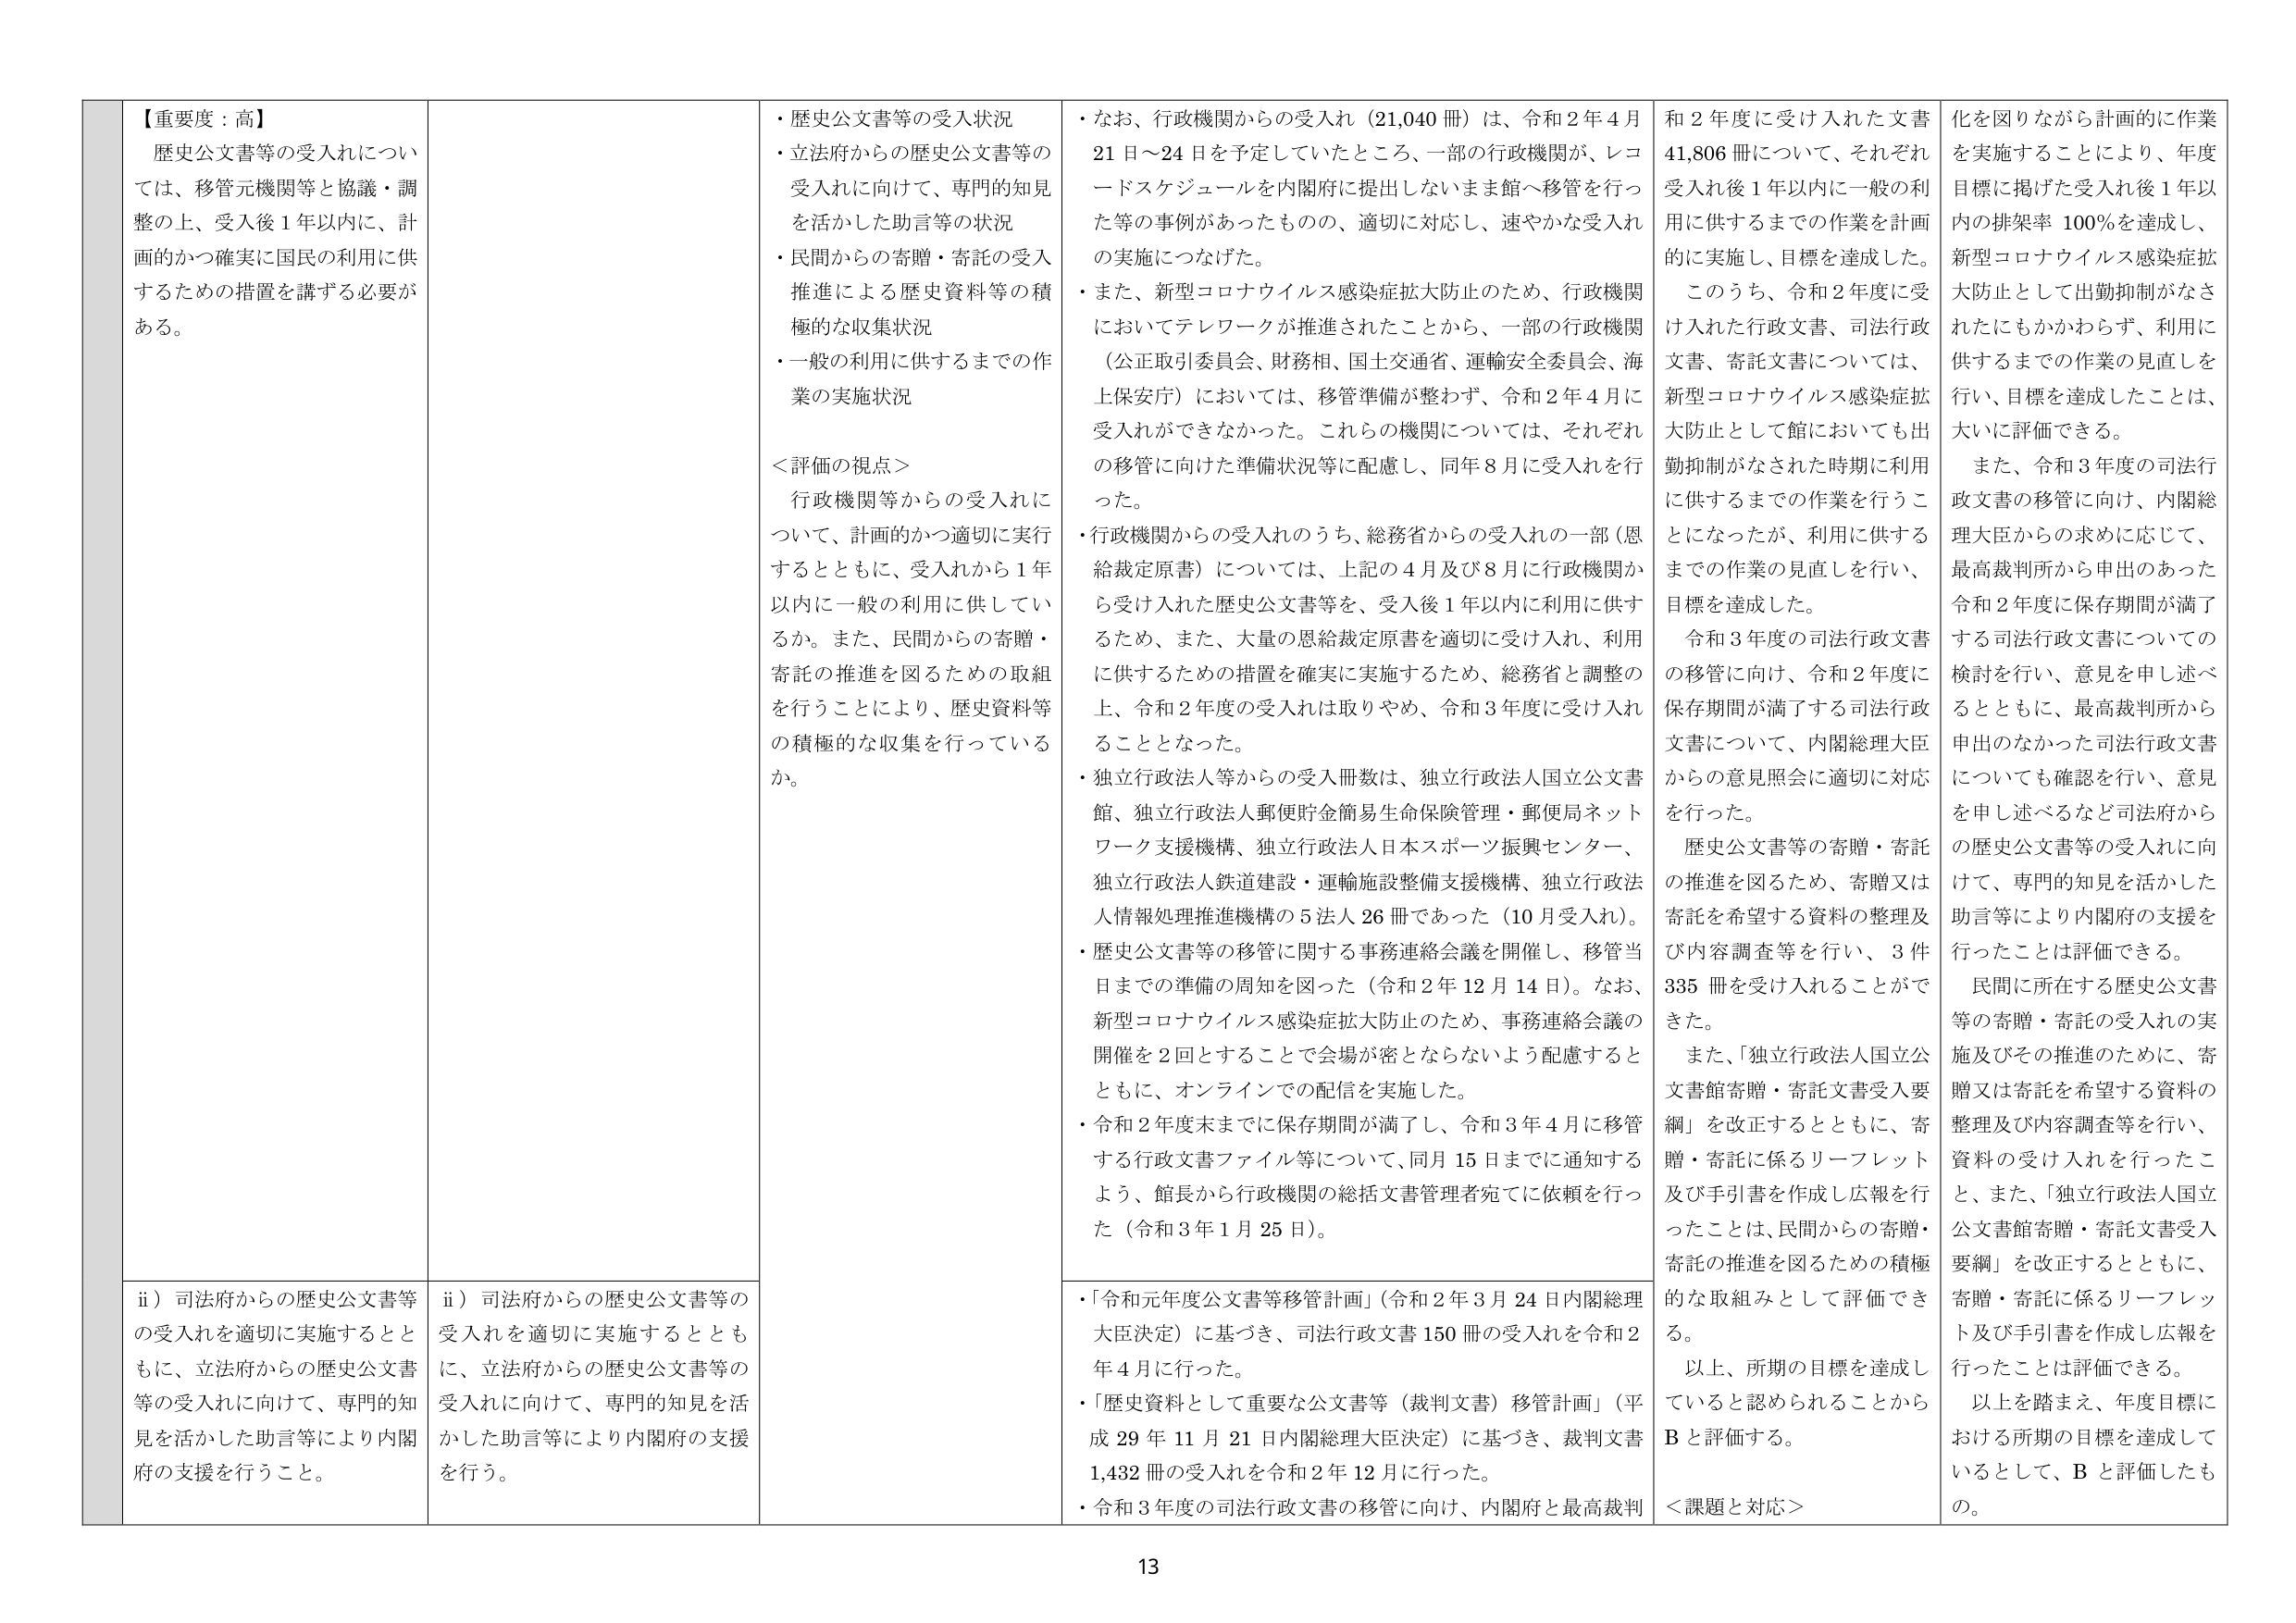
【重要度：高】
歴史公文書等の受入れについては、移管元機関等と協議・調整の上、受入後1年以内に、計画的かつ確実に国民の利用に供するための措置を講ずる必要がある。

・歴史公文書等の受入状況
・立法府からの歴史公文書等の受入れに向けて、専門的知見を活かした助言等の状況
・民間からの寄贈・寄託の受入推進による歴史資料等の積極的な収集状況
・一般の利用に供するまでの作業の実施状況

＜評価の視点＞
行政機関等からの受入れについて、計画的かつ適切に実行するとともに、受入れから1年以内に一般の利用に供しているか。また、民間からの寄贈・寄託の推進を図るための取組を行うことにより、歴史資料等の積極的な収集を行っているか。

・なお、行政機関からの受入れ（21,040冊）は、令和2年4月21日～24日を予定していたところ、一部の行政機関が、レコードスケジュールを内閣府に提出しないまま館へ移管を行った等の事例があったものの、適切に対応し、速やかな受入れの実施につなげた。
・また、新型コロナウイルス感染症拡大防止のため、行政機関においてテレワークが推進されたことから、一部の行政機関（公正取引委員会、財務相、国土交通省、運輸安全委員会、海上保安庁）においては、移管準備が整わず、令和2年4月に受入れができなかった。これらの機関については、それぞれの移管に向けた準備状況等に配慮し、同年8月に受入れを行った。
・行政機関からの受入れのうち、総務省からの受入れの一部（恩給裁定原書）については、上記の4月及び8月に行政機関から受け入れた歴史公文書等を、受入後1年以内に利用に供するため、また、大量の恩給裁定原書を適切に受け入れ、利用に供するための措置を確実に実施するため、総務省と調整の上、令和2年度の受入れは取りやめ、令和3年度に受け入れることとなった。
・独立行政法人等からの受入冊数は、独立行政法人国立公文書館、独立行政法人郵便貯金簡易生命保険管理・郵便局ネットワーク支援機構、独立行政法人日本スポーツ振興センター、独立行政法人鉄道建設・運輸施設整備支援機構、独立行政法人情報処理推進機構の5法人26冊であった（10月受入れ）。
・歴史公文書等の移管に関する事務連絡会議を開催し、移管当日までの準備の周知を図った（令和2年12月14日）。なお、新型コロナウイルス感染症拡大防止のため、事務連絡会議の開催を2回とすることで会場が密とならないよう配慮するとともに、オンラインでの配信を実施した。
・令和2年度末までに保存期間が満了し、令和3年4月に移管する行政文書ファイル等について、同月15日までに通知するよう、館長から行政機関の総括文書管理者宛てに依頼を行った（令和3年1月25日）。

和2年度に受け入れた文書41,806冊について、それぞれ受入れ後1年以内に一般の利用に供するまでの作業を計画的に実施し、目標を達成した。
このうち、令和2年度に受け入れた行政文書、司法行政文書、寄託文書については、新型コロナウイルス感染症拡大防止として館においても出勤抑制がなされた時期に利用に供するまでの作業を行うことになったが、利用に供するまでの作業の見直しを行い、目標を達成した。
令和3年度の司法行政文書の移管に向け、令和2年度に保存期間が満了する司法行政文書について、内閣総理大臣からの意見照会に適切に対応を行った。
歴史公文書等の寄贈・寄託の推進を図るため、寄贈又は寄託を希望する資料の整理及び内容調査等を行い、3件335冊を受け入れることができた。
また、「独立行政法人国立公文書館寄贈・寄託文書受入要綱」を改正するとともに、寄贈・寄託に係るリーフレット及び手引書を作成し広報を行ったことは、民間からの寄贈・寄託の推進を図るための積極的な取組みとして評価できる。
以上、所期の目標を達成していると認められることからBと評価する。

化を図りながら計画的に作業を実施することにより、年度目標に掲げた受入れ後1年以内の排架率100％を達成し、新型コロナウイルス感染症拡大防止として出勤抑制がなされたにもかかわらず、利用に供するまでの作業の見直しを行い、目標を達成したことは、大いに評価できる。
また、令和3年度の司法行政文書の移管に向け、内閣総理大臣からの求めに応じて、最高裁判所から申出のあった令和2年度に保存期間が満了する司法行政文書についての検討を行い、意見を申し述べるとともに、最高裁判所から申出のなかった司法行政文書についても確認を行い、意見を申し述べるなど司法府からの歴史公文書等の受入れに向けて、専門的知見を活かした助言等により内閣府の支援を行ったことは評価できる。
民間に所在する歴史公文書等の寄贈・寄託の受入れの実施及びその推進のために、寄贈又は寄託を希望する資料の整理及び内容調査等を行い、資料の受け入れを行ったこと、また、「独立行政法人国立公文書館寄贈・寄託文書受入要綱」を改正するとともに、寄贈・寄託に係るリーフレット及び手引書を作成し広報を行ったことは評価できる。
以上を踏まえ、年度目標における所期の目標を達成しているとして、Bと評価したもの。

ii）司法府からの歴史公文書等の受入れを適切に実施するとともに、立法府からの歴史公文書等の受入れに向けて、専門的知見を活かした助言等により内閣府の支援を行うこと。
ii）司法府からの歴史公文書等の受入れを適切に実施するとともに、立法府からの歴史公文書等の受入れに向けて、専門的知見を活かした助言等により内閣府の支援を行う。

・「令和元年度公文書等移管計画」（令和2年3月24日内閣総理大臣決定）に基づき、司法行政文書150冊の受入れを令和2年4月に行った。
・「歴史資料として重要な公文書等（裁判文書）移管計画」（平成29年11月21日内閣総理大臣決定）に基づき、裁判文書1,432冊の受入れを令和2年12月に行った。
・令和3年度の司法行政文書の移管に向け、内閣府と最高裁判

＜課題と対応＞

13